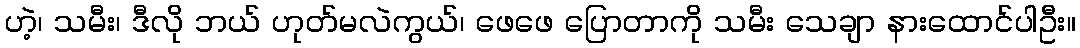
ဟဲ့၊ သမီး၊ ဒီလို ဘယ် ဟုတ်မလဲကွယ်၊ ဖေဖေ ပြောတာကို သမီး သေချာ နားထောင်ပါဦး။